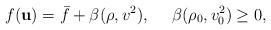
LaTeX: \begin{align*}f(\textbf{u})=\bar{f}+\beta(\rho, v^{2}), ~~~~ \beta(\rho_{0}, v_{0}^{2}) \ge 0,\end{align*}